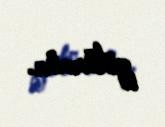
götürmür.